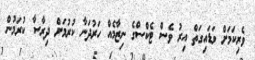
ވެރިކަމަށް ވަޑައިގަތް އިރު ވެސް ޓެކްސްގެ ނިޒާމެއް ހަރުދަނާ ކުރުމަށް ދިރާސާ ކުރަމުން